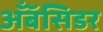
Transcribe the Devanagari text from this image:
अँबॅसिडर